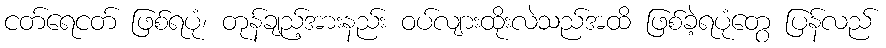
ငတ်ရေငတ် ဖြစ်ရပုံ၊ တုန်ချည့်အားနည်း ဝပ်လျားထိုးလဲသည်အထိ ဖြစ်ခဲ့ရပုံတွေ ပြန်လည်